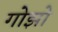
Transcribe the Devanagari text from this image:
गोझो